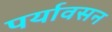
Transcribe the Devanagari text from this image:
पर्यावसन